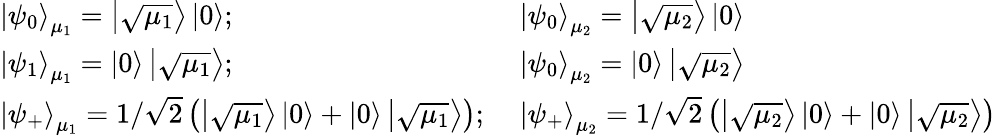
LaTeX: \begin{array}{ll}{\left|\psi_{0}\right\rangle_{\mu_{1}}=\left|\sqrt{\mu_{1}}\right\rangle\left|0\right\rangle;\; }&{\left|\psi_{0}\right\rangle_{\mu_{2}}=\left|\sqrt{\mu_{2}}\right\rangle\left|0\right\rangle}\\ {\left|\psi_{1}\right\rangle_{\mu_{1}}=\left|0\right\rangle\left|\sqrt{\mu_{1}}\right\rangle;\; }&{\left|\psi_{0}\right\rangle_{\mu_{2}}=\left|0\right\rangle\left|\sqrt{\mu_{2}}\right\rangle}\\ {\left|\psi_{+}\right\rangle_{\mu_{1}}=1/\sqrt{2}\left(\left|\sqrt{\mu_{1}}\right\rangle\left|0\right\rangle+\left|0\right\rangle\left|\sqrt{\mu_{1}}\right\rangle\right);\; }&{\left|\psi_{+}\right\rangle_{\mu_{2}}=1/\sqrt{2}\left(\left|\sqrt{\mu_{2}}\right\rangle\left|0\right\rangle+\left|0\right\rangle\left|\sqrt{\mu_{2}}\right\rangle\right)}\end{array}